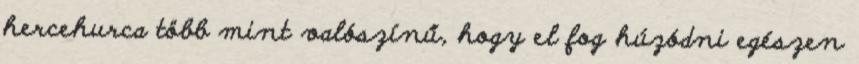
hercehurca több mint valószínű, hogy el fog húzódni egészen